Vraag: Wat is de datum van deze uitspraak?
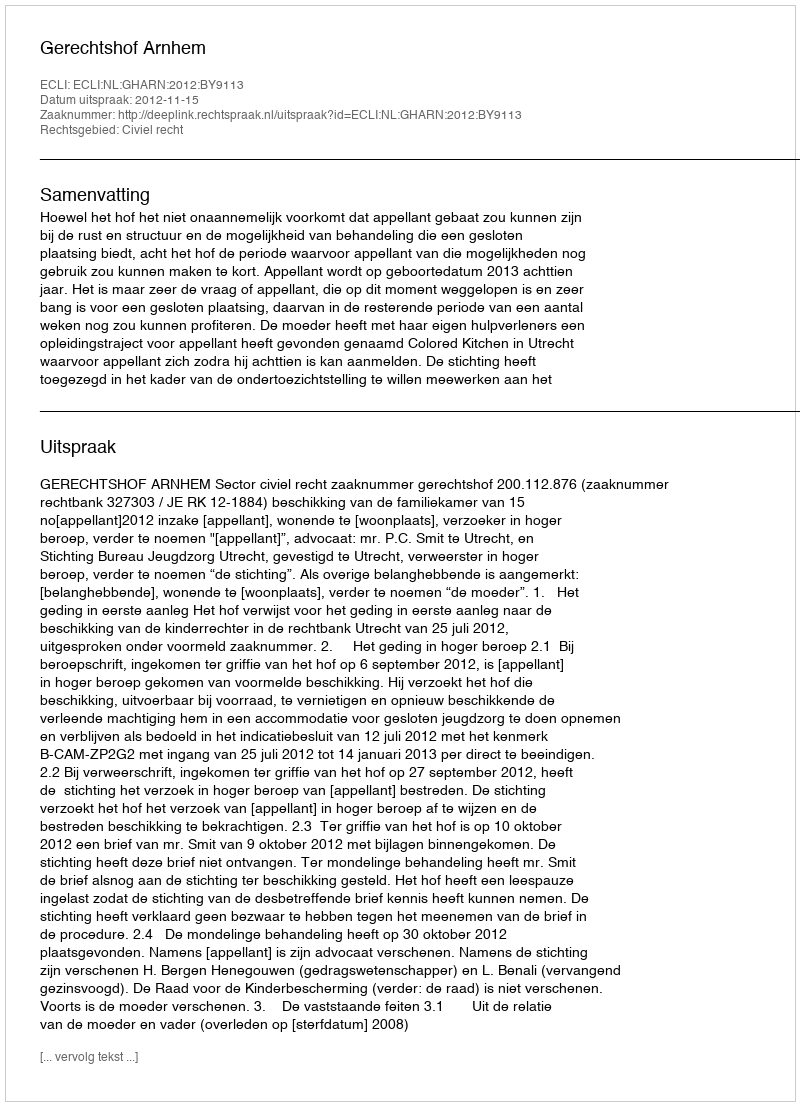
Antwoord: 2012-11-15